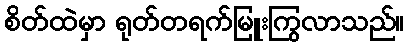
စိတ်ထဲမှာ ရုတ်တရက်မြူးကြွလာသည်။